Problem: 50 + 58 = ?
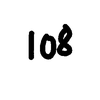
Handwritten answer: 108